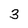
Character: 3